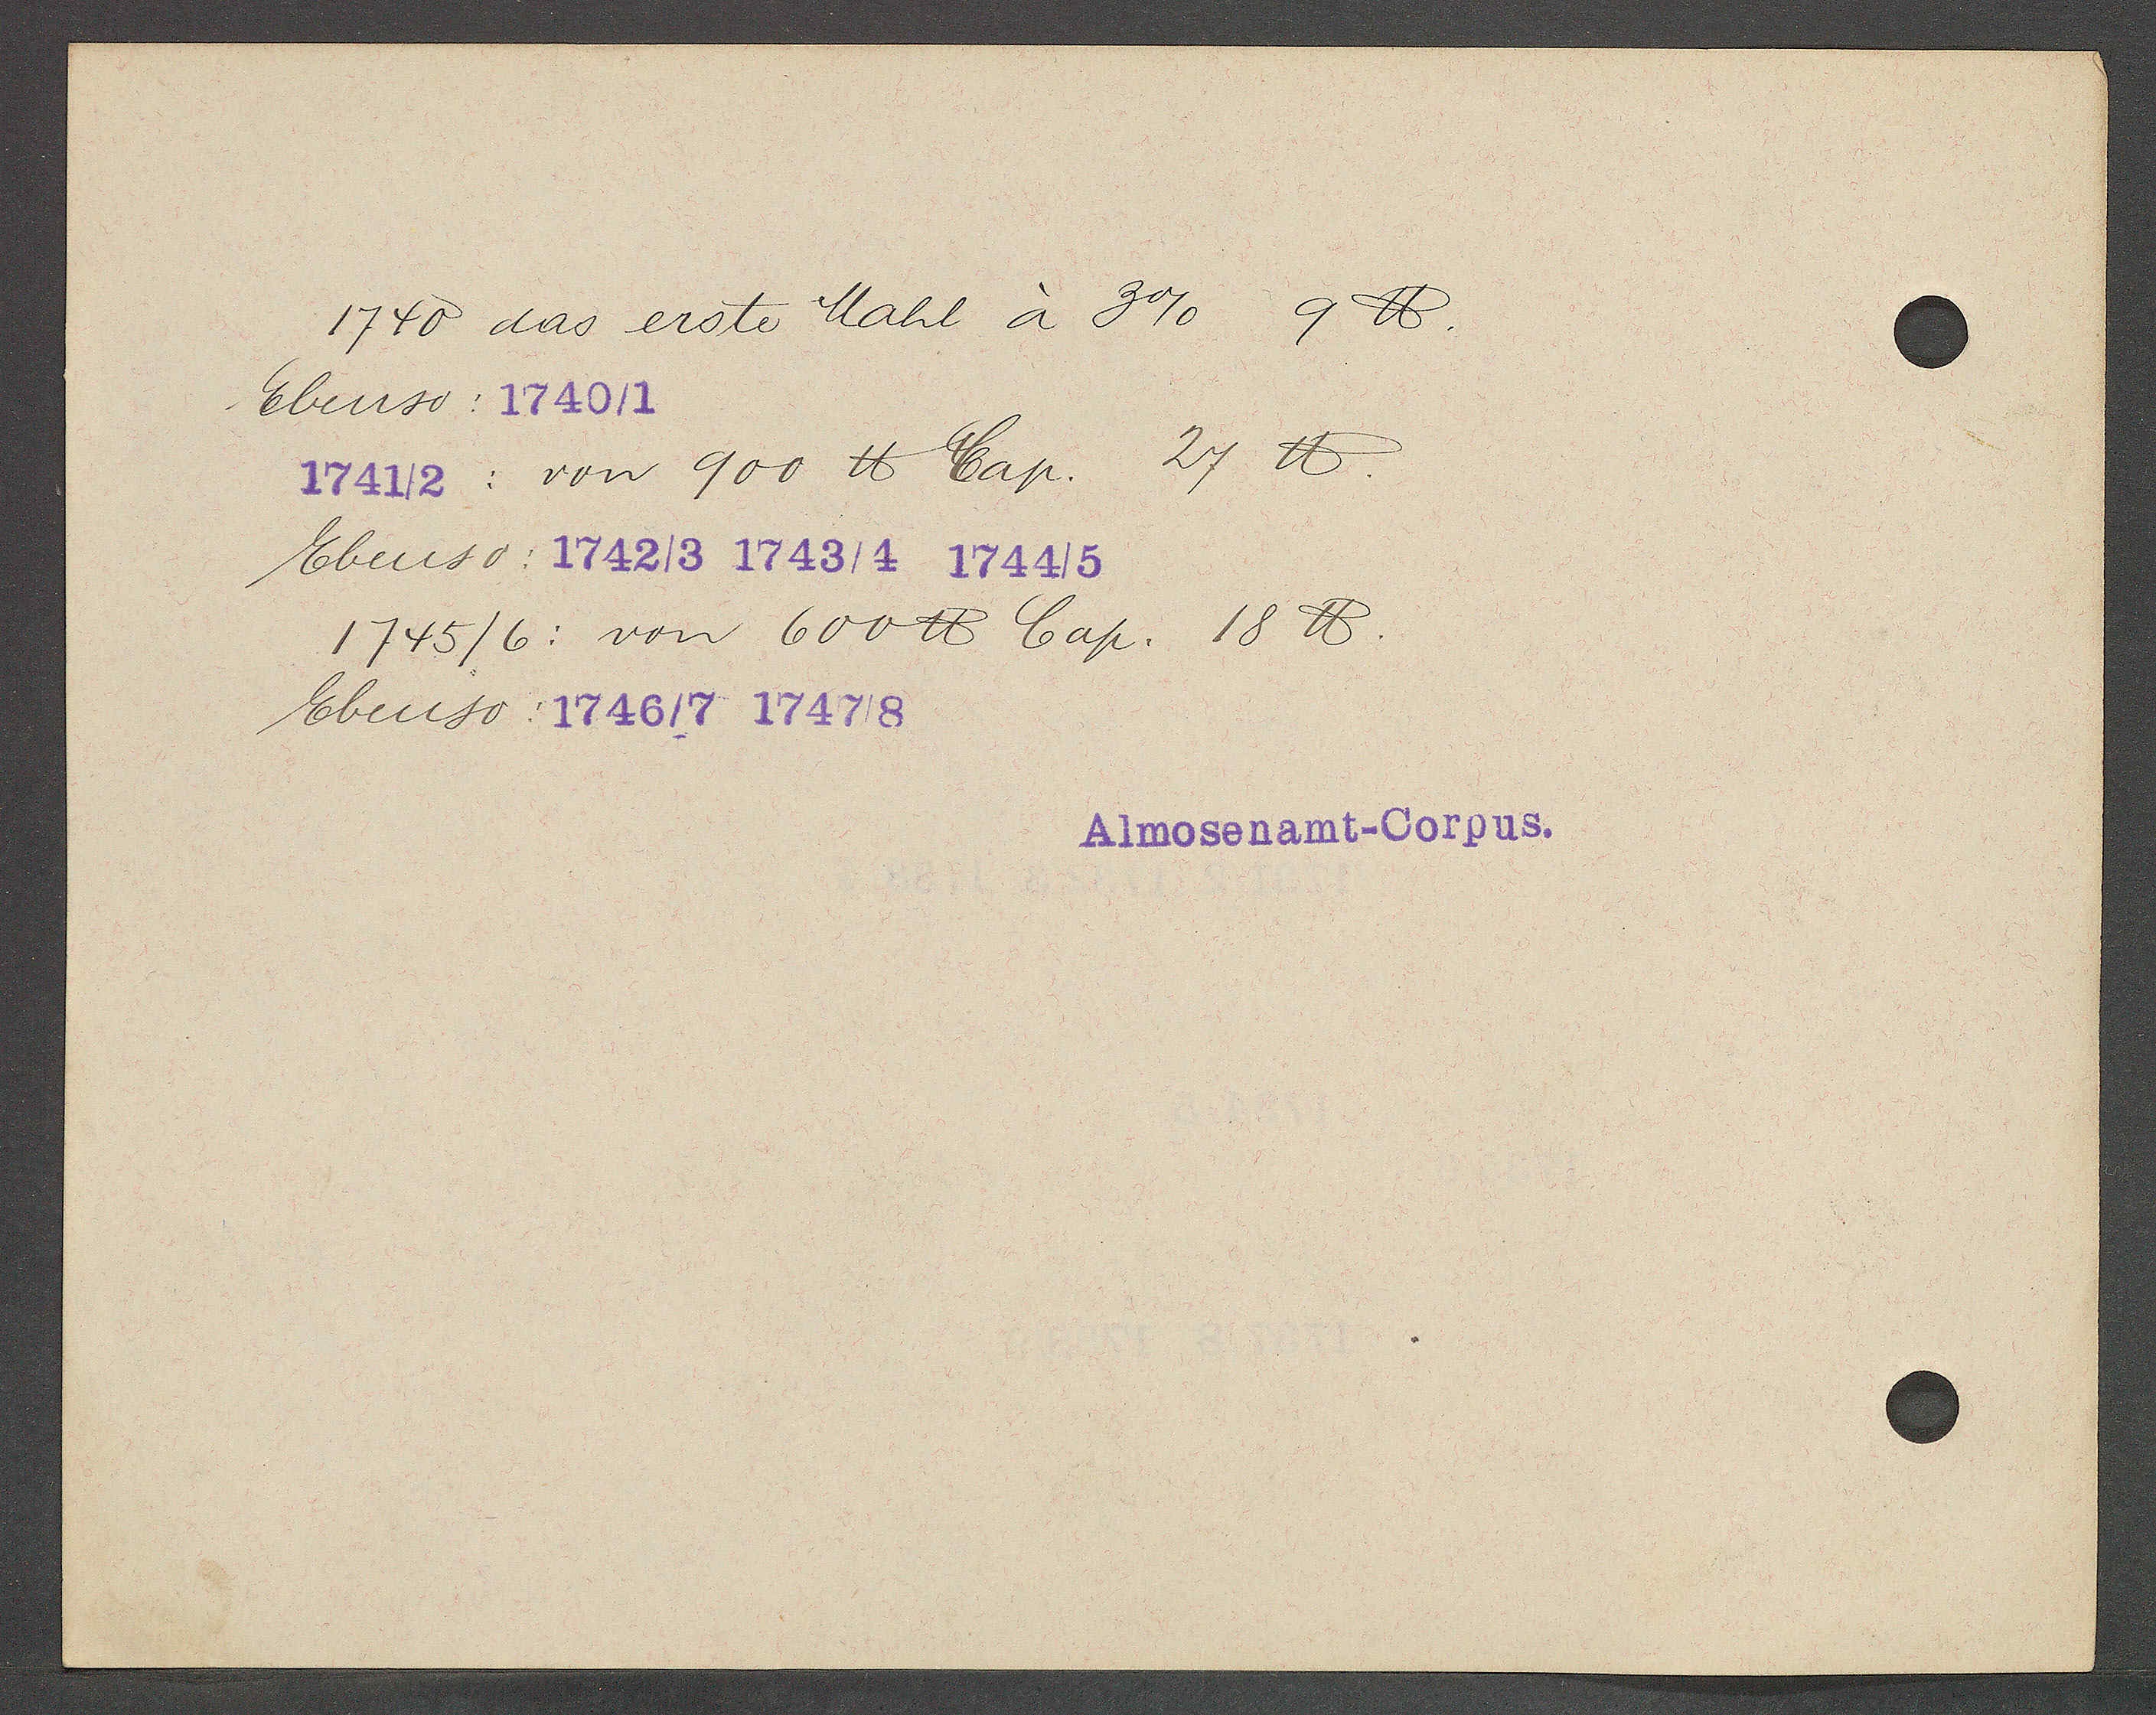
Transcript:
1740 das erste Mahl à 3% 9 ℔.
Ebenso: 1740/1
1741/2: von 900 ℔ Cap. 27 ℔.
Ebenso: 1742/3 1743/4 1744/5
1745/6: von 600 ℔ Cap. 18 ℔.
Ebenso: 1746/7 1747/8

Almosenamt-Corpus.